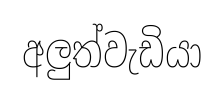
අලුත්වැඩියා